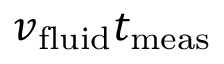
v _ { \mathrm { f l u i d } } t _ { \mathrm { m e a s } }